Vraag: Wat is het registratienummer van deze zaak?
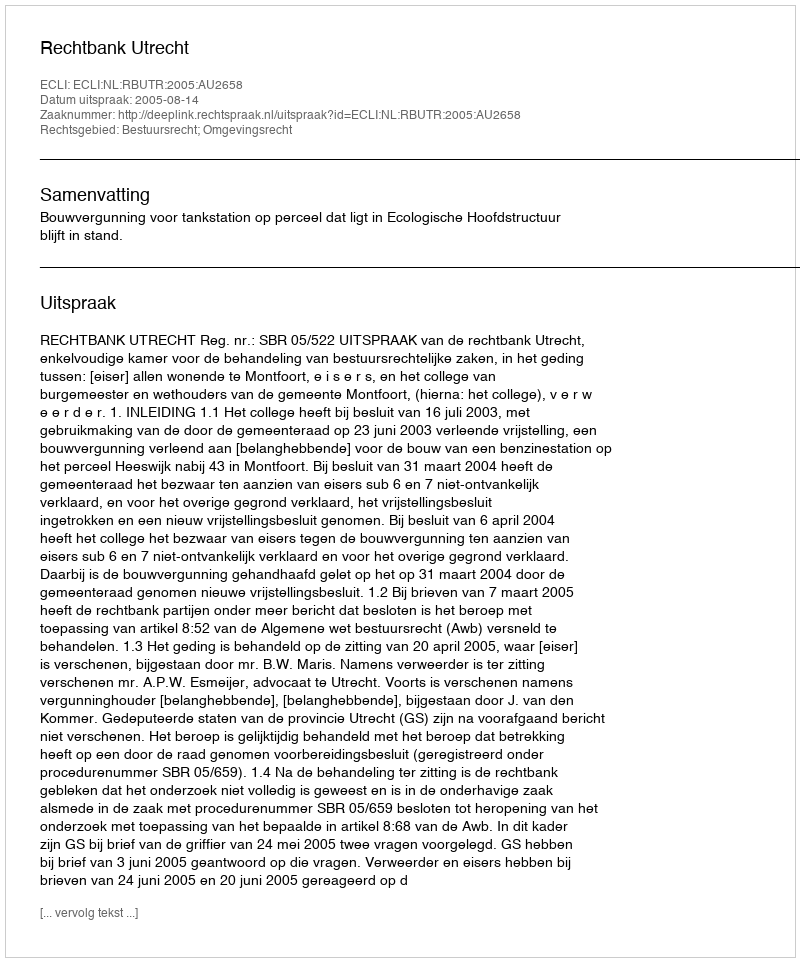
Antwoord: http://deeplink.rechtspraak.nl/uitspraak?id=ECLI:NL:RBUTR:2005:AU2658